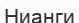
Нианги